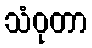
သံဝုတာ